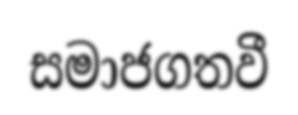
සමාජගතවී